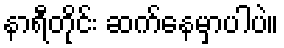
နာရီတိုင်း ဆက်နေမှာပါပဲ။